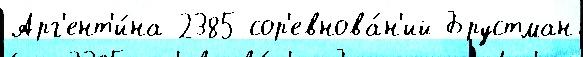
Арг'ент'и́на 2385 сор'евнова́н'ий Брустман